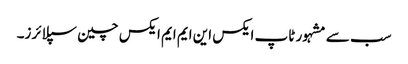
سب سے مشہور ٹاپ ایکس این ایم ایم ایکس چین سپلائرز۔